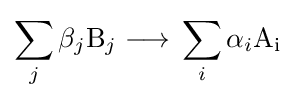
\sum _{j}\beta _{j}{\mathrm {B} {\vphantom {A}}_{\smash[{t}]{j}}}{{}\mathrel {\longrightarrow } {}}\sum _{i}\alpha _{i}{\mathrm {A} {\vphantom {A}}_{\smash[{t}]{\mathrm {i} }}}